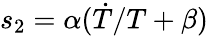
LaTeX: s_{2}=\alpha(\dot{T}/T+\beta)